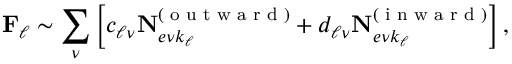
\mathbf { F } _ { \ell } \sim \sum _ { \nu } \left[ c _ { \ell \nu } \mathbf { N } _ { e \nu k _ { \ell } } ^ { ( \textrm { o u t w a r d } ) } + d _ { \ell \nu } \mathbf { N } _ { e \nu k _ { \ell } } ^ { ( \textrm { i n w a r d } ) } \right] ,